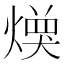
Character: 𱬌